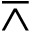
\barwedge